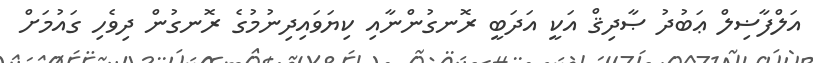
އަލްފާޟިލް ޢަބުދު ޞާދިޤް އަކީ އަދަބީ ރޮނގުންނާއި ކިޔަވައިދިނުމުގެ ރޮނގުން ދިވެހި ގައުމަށް